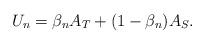
LaTeX: \begin{align*}U_n=\beta_n A_T+(1-\beta_n)A_S.\end{align*}